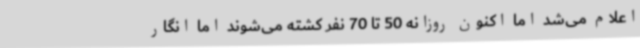
اعلام می‌شد اما اکنون روزانه 50 تا 70 نفر کشته می‌شوند اما انگار